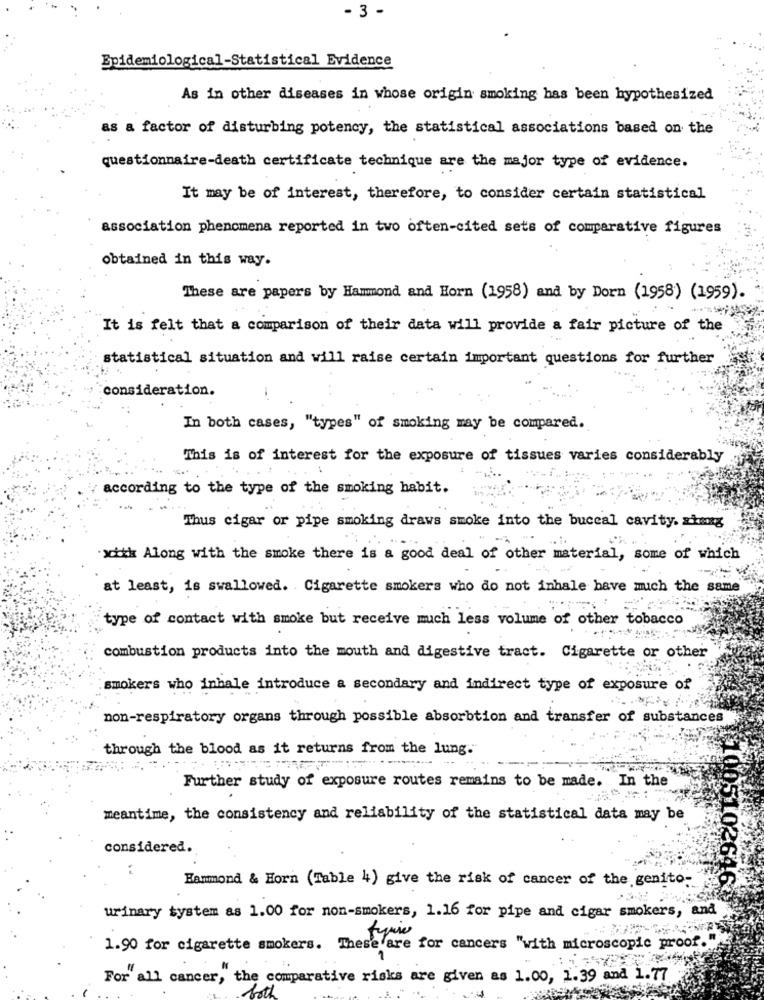
- 3 -
Epidemiological-Statistical Evidence
As in other diseases in whose origin smoking has been hypothesized
as a factor of disturbing potency, the statistical associations based on the
questionnaire-death certificate technique are the major type of evidence.
It may be of interest, therefore, to consider certain statistical
association phenomena reported in two often-cited sets of comparative figures
obtained in this way.
These are papers by Hammond and Horn (1958) and by Dorn (1958) (1959).
It is felt that a comparison of their data will provide a fair picture of the
statistical situation and will raise certain important questions for further
consideration.
In both cases, "types" of smoking may be compared.
This is of interest for the exposure of tissues varies considerably
according to the type of the smoking habit.
Thus cigar or pipe smoking draws smoke into the buccal cavity. xing
xcikk Along with the smoke there is a good deal of other material, some of which
at least, is swallowed. Cigarette smokers who do not inhale have mich the same
type of contact with smoke but receive much less volume of other tobacco
combustion products into the mouth and digestive tract. Cigarette or other
smokers who inhale introduce a secondary and indirect type of exposure of
non-respiratory organs through possible absorbtion and transfer of substances
through the blood as it returns from the lung.
Further study of exposure routes remains to be made. In the
meantime, the consistency and reliability of the statistical data may be
considered.
:
Hanmond & Horn (Table 4) give the risk of cancer of the genito-
10051026464
urinary system as 1.00 for non-smokers, 1.16 for pipe and cigar smokers, and
1.90 for cigarette smokers. These are for cancers "with microscopic proof."
For all cancer, the comparative risks are given as 1.00, 1.39 and 1.77